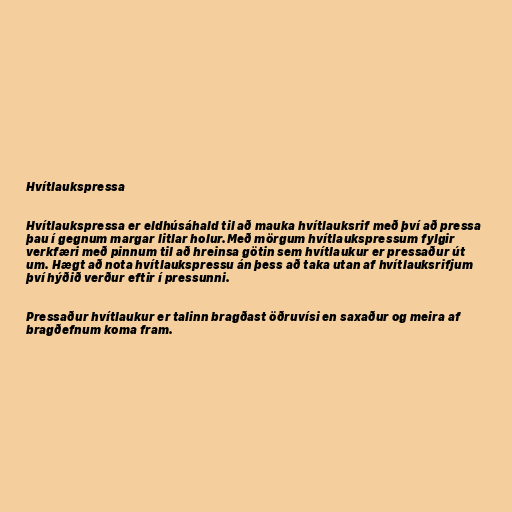
Hvítlaukspressa

Hvítlaukspressa er eldhúsáhald til að mauka hvítlauksrif með því að pressa
þau í gegnum margar litlar holur.Með mörgum hvítlaukspressum fylgir
verkfæri með pinnum til að hreinsa götin sem hvítlaukur er pressaður út
um. Hægt að nota hvítlaukspressu án þess að taka utan af hvítlauksrifjum
því hýðið verður eftir í pressunni.

Pressaður hvítlaukur er talinn bragðast öðruvísi en saxaður og meira af
bragðefnum koma fram.